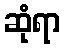
ဆုံရာ